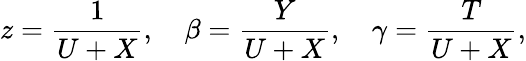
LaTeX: z=\frac{1}{U+X},\ \ \ \ \beta=\frac{Y}{U+X},\ \ \ \ \gamma=\frac{T}{U+X},